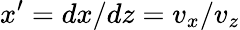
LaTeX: x^{\prime}=dx/dz=v_{x}/v_{z}